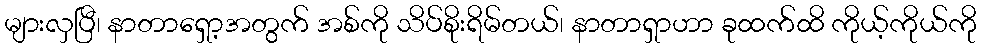
များလှပြီ၊ နာတာရှော့အတွက် အစ်ကို သိပ်စိုးရိမ်တယ်၊ နာတာရှာဟာ ခုထက်ထိ ကိုယ့်ကိုယ်ကို